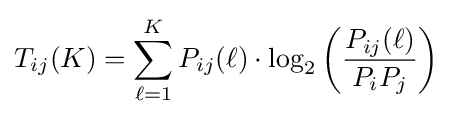
T_{ij}(K)=\sum _{\ell =1}^{K}P_{ij}(\ell )\cdot \log _{2}\left({\frac {P_{ij}(\ell )}{P_{i}P_{j}}}\right)